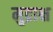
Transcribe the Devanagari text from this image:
मुद्राक्ष